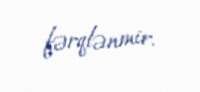
fərqlənmir.